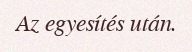
Az egyesítés után.